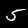
Digit: 5